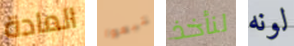
المادة تتبعوا لنأخذ لونه